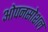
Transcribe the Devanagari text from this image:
ओपनसोशल